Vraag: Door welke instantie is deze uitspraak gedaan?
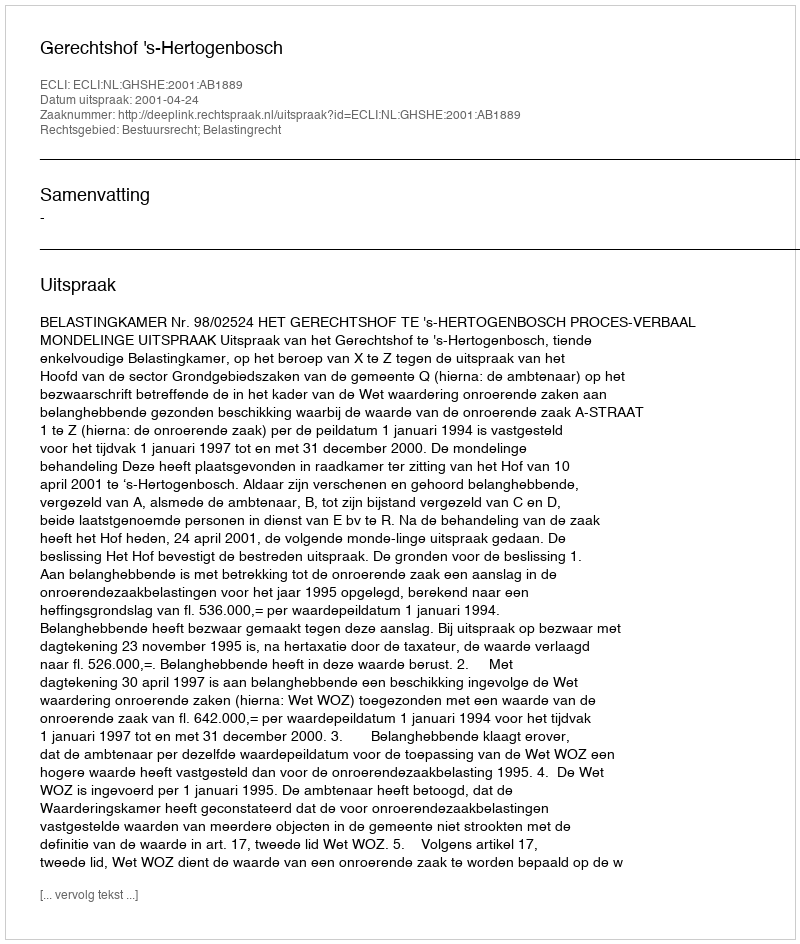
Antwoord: Gerechtshof 's-Hertogenbosch